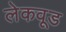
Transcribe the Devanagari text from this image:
लेकवूड